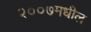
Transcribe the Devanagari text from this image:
२००७मधील